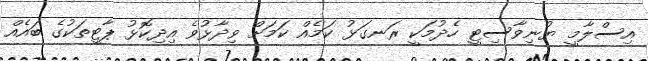
އިސްލާމީ ޔުނިވާސިޓީ ހެދުމަކީ ރަނގަޅު ކަމެއް ކަމަށް ވިދާޅުވެ އިދިކޮޅު ޕާޓީތަކުގެ ބައެއް